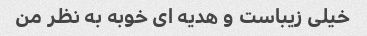
خیلی زیباست و هدیه ای خوبه به نظر من